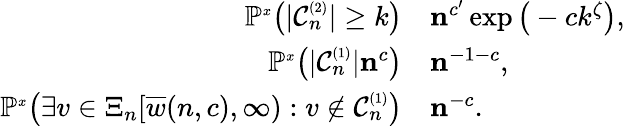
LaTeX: \begin{array}{rl}{\mathbb{P}^{\scriptscriptstyle x}\big(|{\mathcal C}_{n}^{\scriptscriptstyle(2)}|\ge k\big)}&{\le n^{c^{\prime}}\exp\big(-ck^{\zeta}\big),}\\ {\mathbb{P}^{\scriptscriptstyle x}\big(|{\mathcal C}_{n}^{\scriptscriptstyle(1)}|\le n^{c}\big)}&{\le n^{-1-c},}\\ {\mathbb{P}^{\scriptscriptstyle x}\big(\exists v\in\Xi_{n}[\overline{{w}}(n,c),\infty):v\notin{\mathcal C}_{n}^{\scriptscriptstyle(1)}\big)}&{\le n^{-c}.}\end{array}